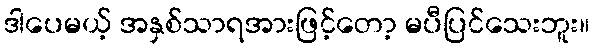
ဒါပေမယ့် အနှစ်သာရအားဖြင့်တော့ မပီပြင်သေးဘူး။